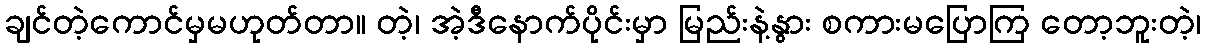
ချင်တဲ့ကောင်မှမဟုတ်တာ။ တဲ့၊ အဲ့ဒီနောက်ပိုင်းမှာ မြည်းနဲ့နွား စကားမပြောကြ တော့ဘူးတဲ့၊